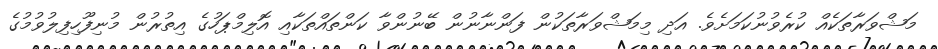
މަޝްވަރާތަކެއް ކުރެވުނުކަމަށެވެ. އަދި މިމަޝްވަރާތަކުން ފަންނާނުން ބޭނުންވާ ކަންތައްތަކާއި އޮލިމްޕަހުގެ އިތުރުން މުނިފޫހިފިލުވުމުގެ